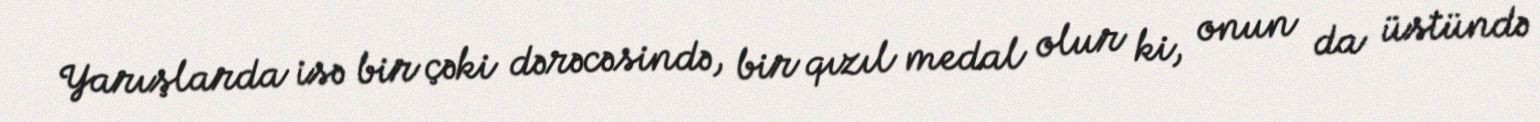
Yarışlarda isə bir çəki dərəcəsində, bir qızıl medal olur ki, onun da üstündə